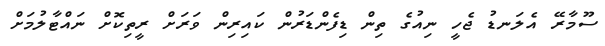
ސޫމާރޭ އެލަނޑު ޖެހީ ނިއުގެ ތިން ޑިފެންޑަރުން ކައިރިން ވަރަށް ރީތިކޮށް ނައްޓާލުމަށް